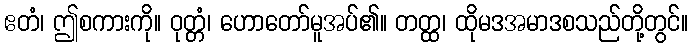
ဧတံ၊ ဤစကားကို။ ဝုတ္တံ၊ ဟောတော်မူအပ်၏။ တတ္ထ၊ ထိုမဒအမာဒစသည်တို့တွင်။